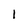
Character: I